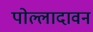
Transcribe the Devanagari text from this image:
पोल्लादावन